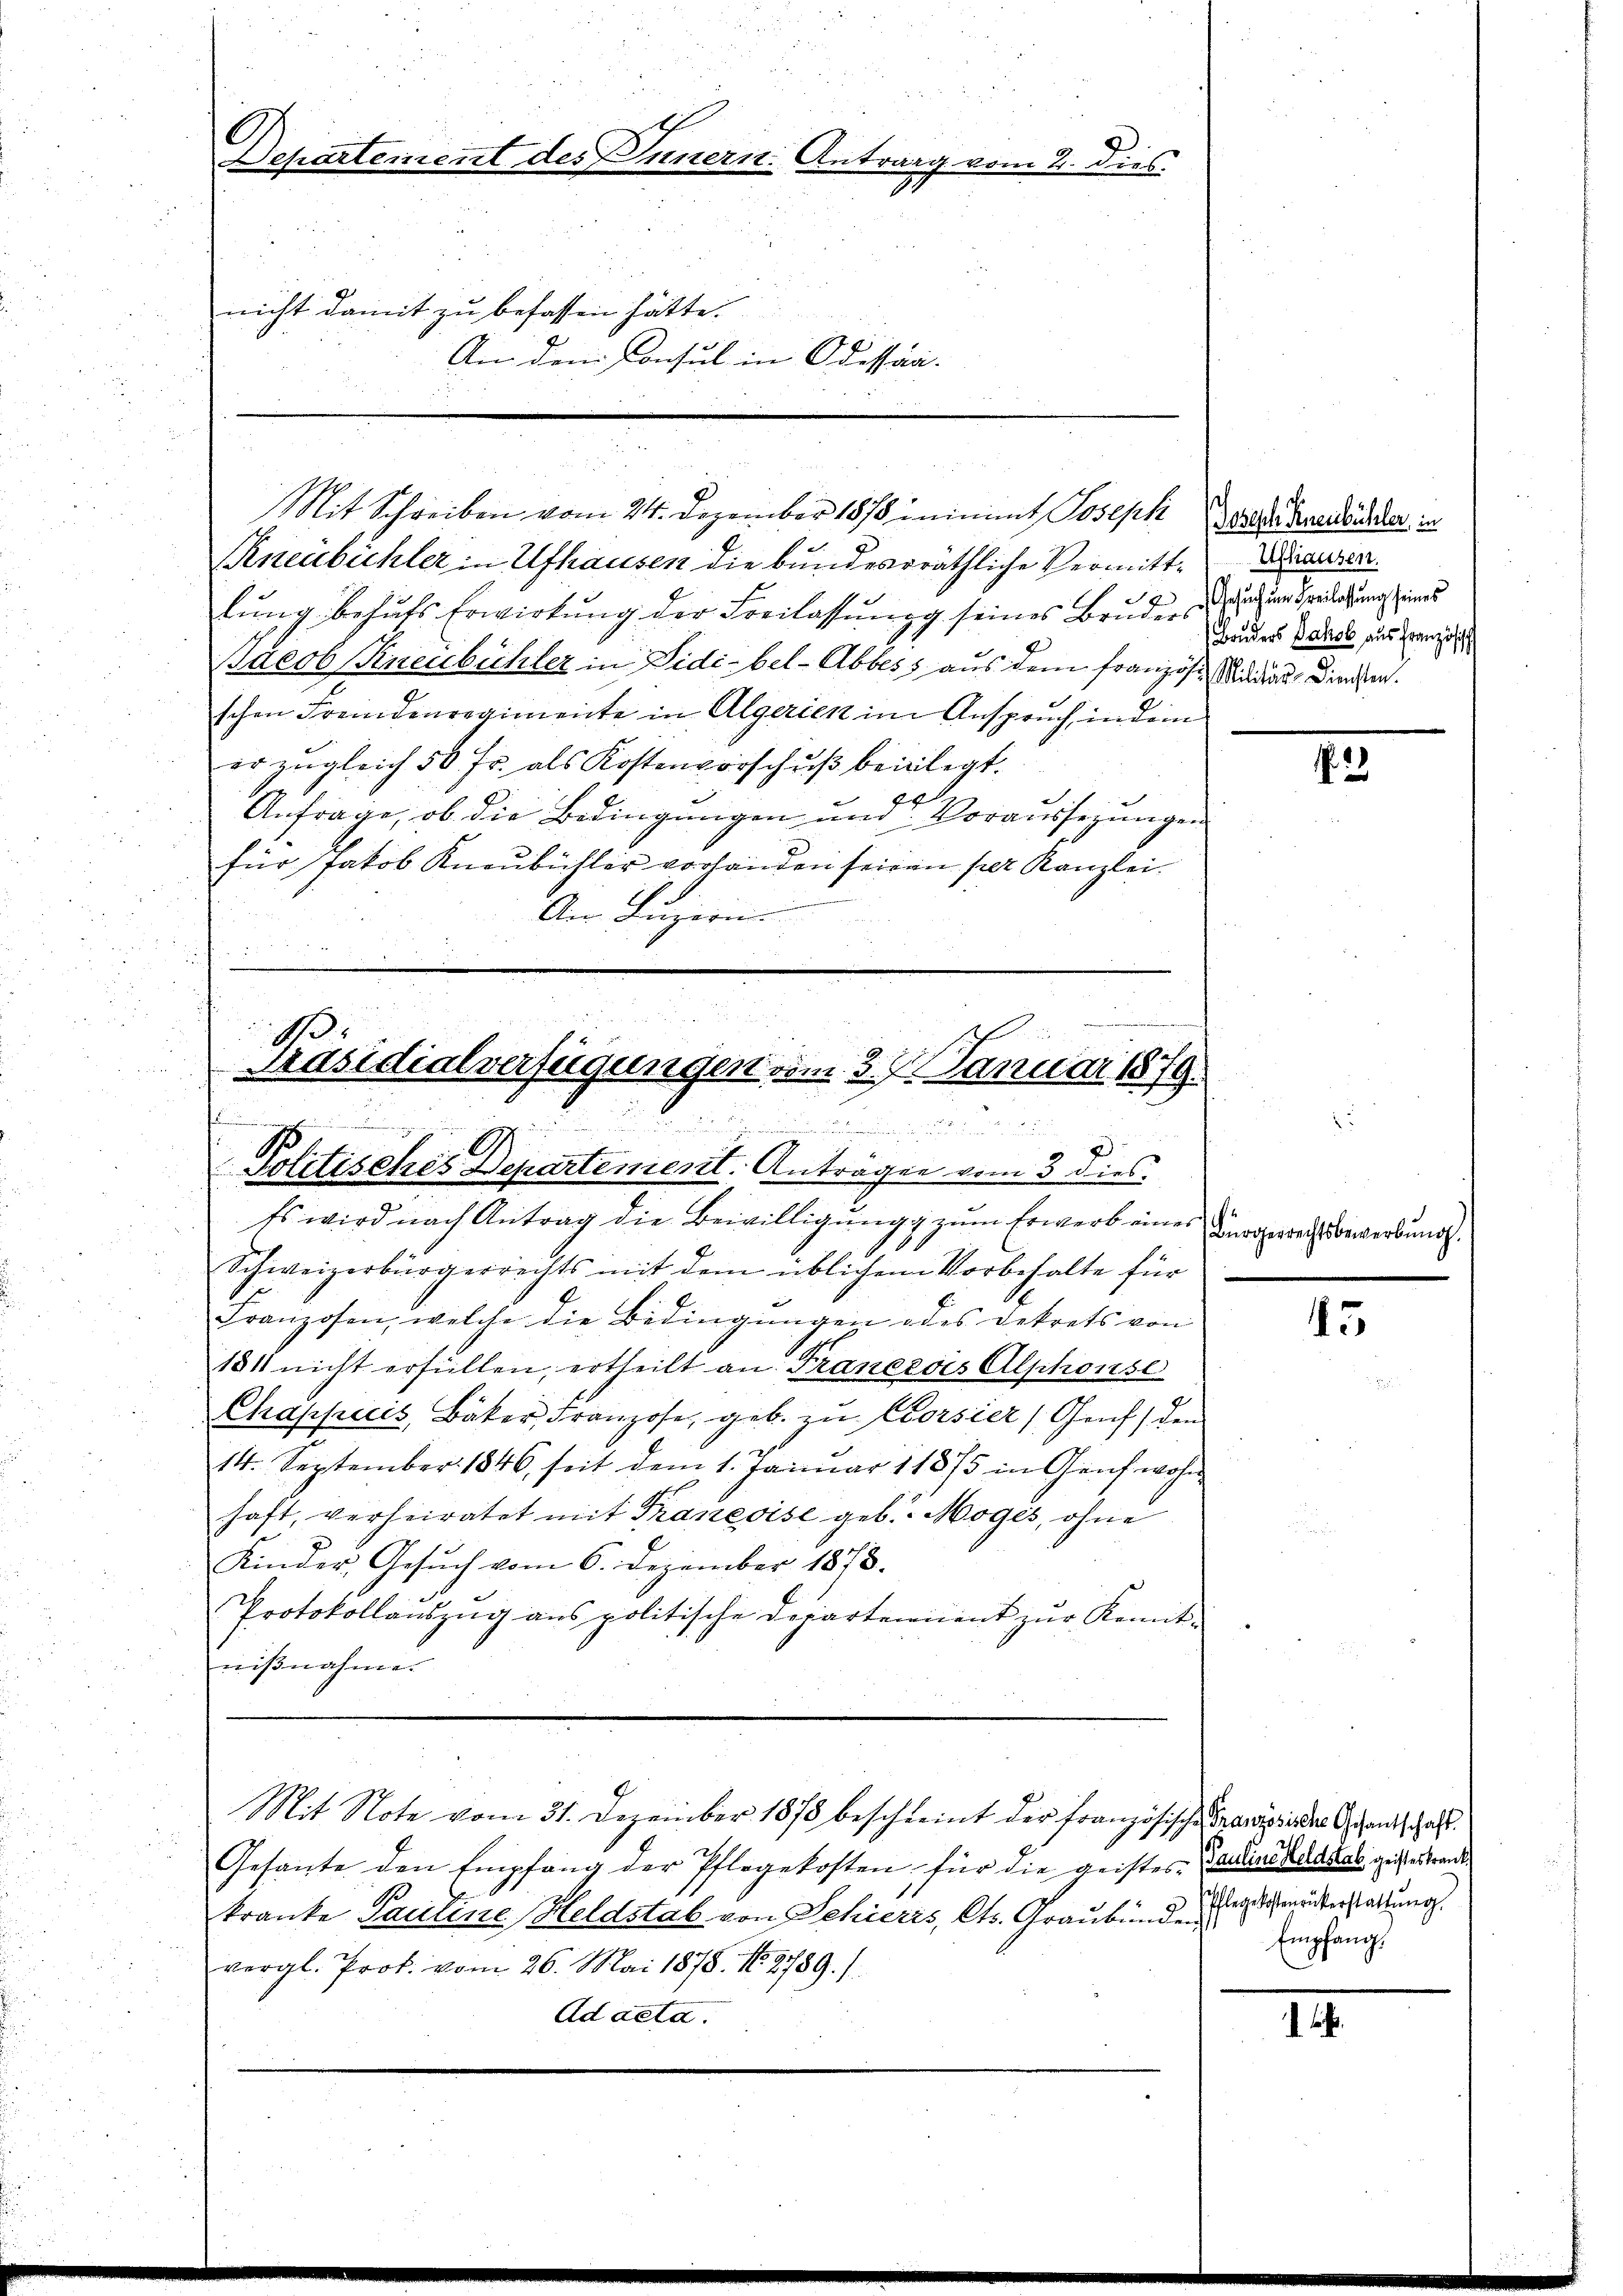
Departement des Innern: Antrag vom 2. dies
nicht damit zu befassen hätte.
An dem Consul in Odessen.

Kneubüchler in Ulfhausen die bundesrräthliche Vermittlung behufs Erwirkung der Freilassung seines Brudersehen Spredigung eines
Bacob Kneubühler in Sidi-bel-Abbes, aus dem Französ. Mindeaus Dienen.
schen Fremdenregimente in Algerien im Anspruch, in dem
er zugleich 50 Fr. als Kostenvorschuß beiligt.
Anfrage, ob die Bedingungen und Voraussezungen
für Jakob Knaubühler vorhanden seinen per Kanzlei
An Luzern.

.
Präsidialverfügungen vom 3. Januar 1879.
|
Politisches Departement. Anträgen vom 3 dies

Es wird nach Antrag die Bewilligung zum Erwerb eines durchwechs bewerbung.
Schweizerbürgerrechts mit dem üblichem Vorbehalte für
Franzosen, welche die Bedingungen oder dekrets von
181 nicht erfüllen, ertheilt an Franezoes Alphonse
Chappecis, Bäker, Franzose, geb. zu Corsier, Genf, den
14. September 1846, seit dem 1. Janŭar 11875 in Genf wohn
haft, verheiratet mit Traneoise geb. Moges, ohne
Kinder, Gesŭch vom 6. Dezember 1878.
Protokollauszug aus politische Departement zur Kennt-
nißnahme.

Mit Schreiben vom 24. Dezember 1878 ininimmt Joseph die der Anerbanderer in

Gesante den Empfang der Pflegekosten für die geistes eine da das geistes trand
kranke Pauline (Heldstab von Schieris, Cts. Graubünden unterstattung.
vergl. Prok. vom 26. Mai 1878. 18789.)
Ad acta.

Mit Note vom 31. Dezember 1878 beschreint der Französische Praesider Gefandschaft.

Ufhausen.
Bruders Jakob aus Französisch

.2

45

Empfang.

II